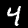
Digit: 4